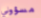
مسؤولي